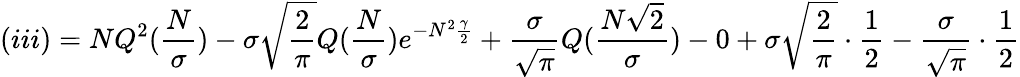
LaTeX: (iii)=NQ^{2}(\frac{N}{\sigma})-\sigma\sqrt{\frac{2}{\pi}}Q(\frac{N}{\sigma})e^{-N^{2}\frac{\gamma}{2}}+\frac{\sigma}{\sqrt{\pi}}Q(\frac{N\sqrt{2}}{\sigma})-0+\sigma\sqrt{\frac{2}{\pi}}\cdot\frac{1}{2}-\frac{\sigma}{\sqrt{\pi}}\cdot\frac{1}{2}